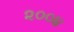
૨૦૦૪